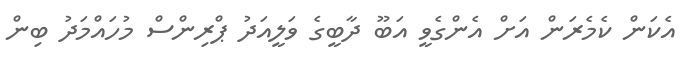
އެކަން ކެމެރަން އަށް އެންގެވީ އަބޫ ދާބީގެ ވަލީއަދު ޕްރިންސް މުހައްމަދު ބިން